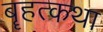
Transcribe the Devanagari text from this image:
बॄहत्कथा